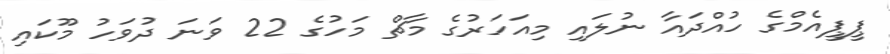
ޕީޕީއެމްގެ ހުއްދައާ ނުލައި މިއަހަރުގެ މާޗް މަހުގެ 22 ވަނަ ދުވަހު މޫކައި